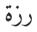
رزة